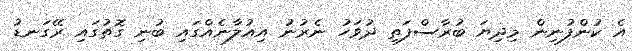
އެ ކުންފުނިން މިދިޔަ ބުރާސްފަތި ދުވަހު ނެރުނު އިއުލާނެއްގައި ބުނި ގޮތުގައި ރޭގަނޑު